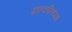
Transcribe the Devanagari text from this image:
ग्राहकनिष्पक्ष